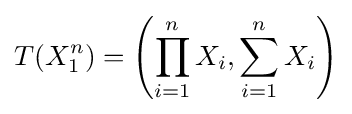
T(X_{1}^{n})=\left(\prod _{i=1}^{n}{X_{i}},\sum _{i=1}^{n}X_{i}\right)